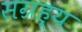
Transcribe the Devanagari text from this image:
सग्रह्य